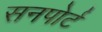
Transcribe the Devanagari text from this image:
सनपोर्ट